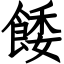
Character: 餧